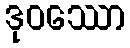
ဒုဝဿော